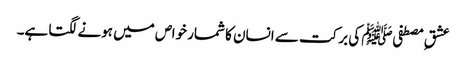
عشقِ مصطفیﷺ کی برکت سے انسان کا شمار خواص میں ہونے لگتا ہے۔